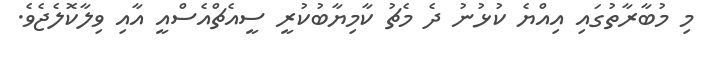
މި މުބާރާތުގައި އިއްޔެ ކުޅުނު ދެ މެޗު ކާމިޔާބުކުރީ ސީއެޗްއެސްއީ އާއި ވިލާކޮލެޖެވެ.